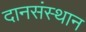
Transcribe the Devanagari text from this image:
दानसंस्थान